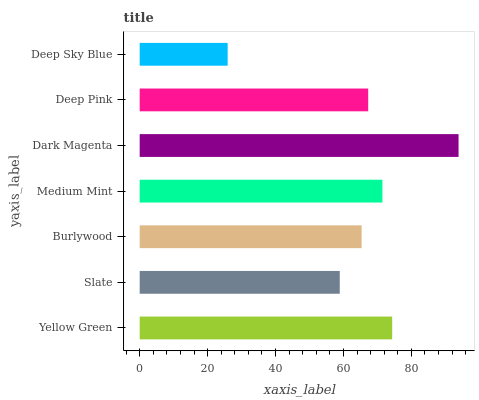
| yaxis_label | bars |
 | --- | --- |
 | Yellow Green | 74.3 |
 | Slate | 58.9 |
 | Burlywood | 65.4 |
 | Medium Mint | 71.5 |
 | Dark Magenta | 93.9 |
 | Deep Pink | 67.3 |
 | Deep Sky Blue | 25.9 |